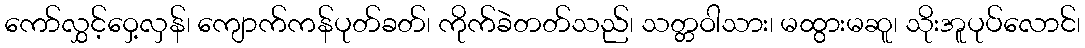
ကော်လွှင့်ဝှေ့လှန်၊ ကျောက်ကန်ပုတ်ခတ်၊ ကိုက်ခဲတတ်သည်၊ သတ္တဝါသား၊ မထွားမဆူ၊ သိုးအူပုပ်လောင်၊